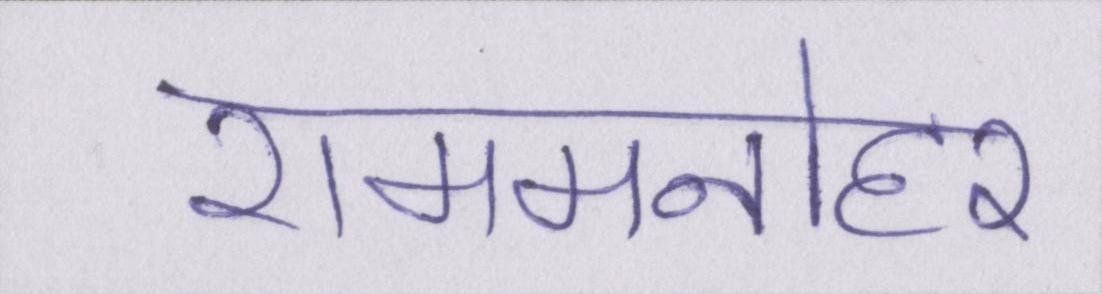
राममनोहर